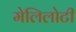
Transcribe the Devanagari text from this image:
मेलिलोटी